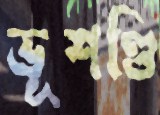
ভূশণ্ডি